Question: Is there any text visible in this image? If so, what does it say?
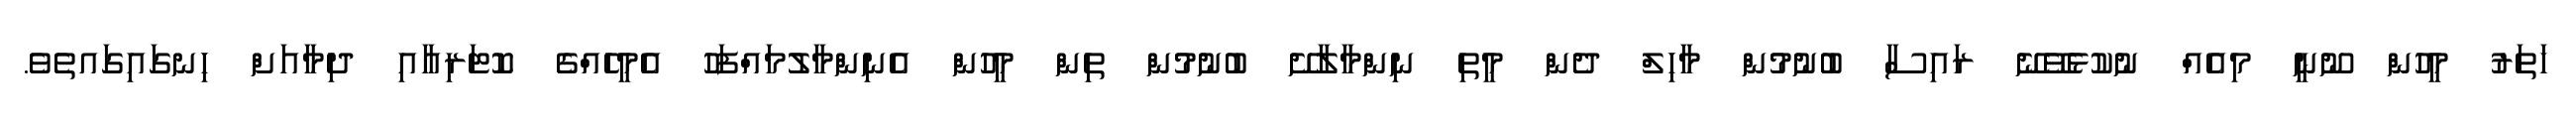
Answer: ހަތަރު މީހުން ނޫނީ މިއެއް ނުކުޅެވޭނޭ ރައިސާ ބުނުމުން މާހިލް ދެން މީތި ނިންމާލާށޭ ބުނުމުން ތިން މީހުން އެނިންމާލުމައްފަހު އެމީހެއްގެ ކޮޓަރިއާއި ދިމާއަށް ހިނގައިގައތެވެ.